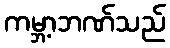
ကမ္ဘာ့ဘဏ်သည်